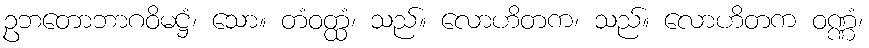
ဥဘတောဘာဂဝိမဋ္ဌံ၊ သော။ တံဝတ္ထံ၊ သည်။ လောဟိတက၊ သည်။ လောဟိတက ဝဏ္ဏံ၊